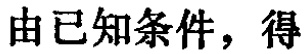
由已知条件，得